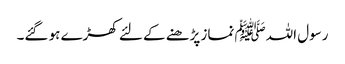
رسول اللہﷺ نماز پڑھنے کے لئے کھڑے ہو گئے۔